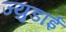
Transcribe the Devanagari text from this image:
ज्युडाई